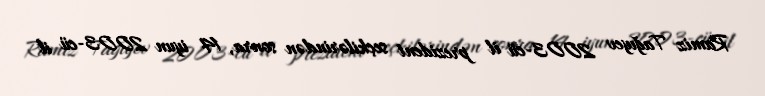
Ramiz Tağıyev 2003-cü il prezident seçkilərindən sonra, 14 iyun 2003-cü il